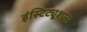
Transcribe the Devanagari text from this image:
इंस्टिट्यूशन्स